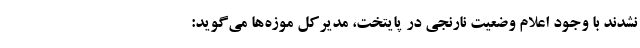
نشدند با وجود اعلام وضعیت نارنجی در پایتخت، مدیرکل موزه‌ها می‌گوید: